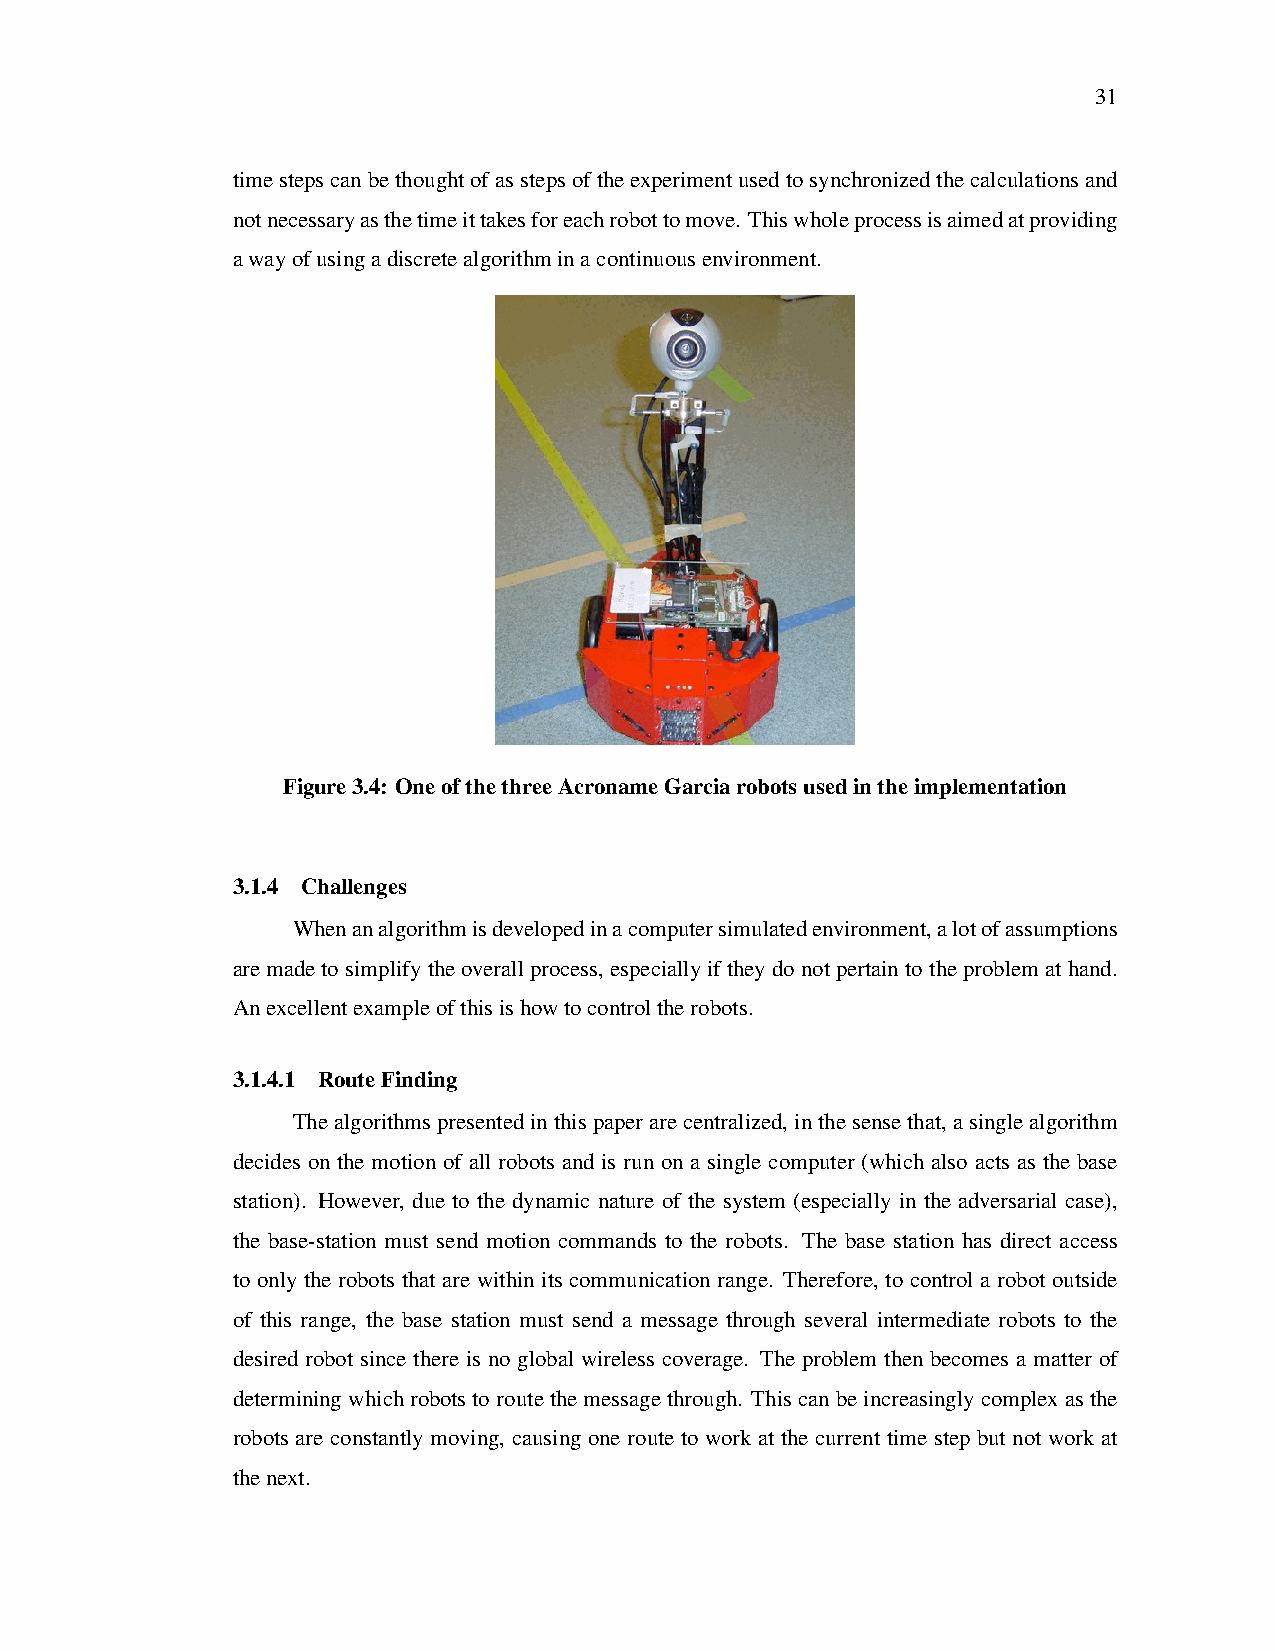
31
 timestepscanbethoughtofasstepsoftheexperimentusedtosynchronizedthecalculationsand
 notnecessaryasthetimeittakesforeachrobottomove. Thiswholeprocessisaimedatproviding
 awayofusingadiscretealgorithminacontinuousenvironment.
 Figure3.4: OneofthethreeAcronameGarciarobotsusedintheimplementation
 3.1.4 Challenges
 Whenanalgorithmisdevelopedinacomputersimulatedenvironment,alotofassumptions
 aremadetosimplifytheoverallprocess, especiallyiftheydonotpertaintotheproblemathand.
 Anexcellentexampleofthisishowtocontroltherobots.
 3.1.4.1 RouteFinding
 Thealgorithmspresentedinthispaperarecentralized,inthesensethat,asinglealgorithm
 decides on the motion of all robots and is run on a single computer (which also acts as the base
 station). However, due to the dynamic nature of the system (especially in the adversarial case),
 the base-station must send motion commands to the robots. The base station has direct access
 to only the robots that are within its communication range. Therefore, to control a robot outside
 of this range, the base station must send a message through several intermediate robots to the
 desired robot since there is no global wireless coverage. The problem then becomes a matter of
 determiningwhichrobotstoroutethemessagethrough. Thiscanbeincreasinglycomplexasthe
 robots are constantly moving, causing one route to work at the current time step but not work at
 thenext.